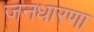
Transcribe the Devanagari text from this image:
जनधारणा